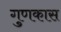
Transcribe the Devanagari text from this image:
गुणकास